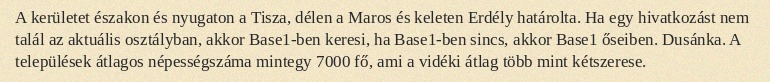
A kerületet északon és nyugaton a Tisza, délen a Maros és keleten Erdély határolta. Ha egy hivatkozást nem talál az aktuális osztályban, akkor Base1-ben keresi, ha Base1-ben sincs, akkor Base1 őseiben. Dusánka. A települések átlagos népességszáma mintegy 7000 fő, ami a vidéki átlag több mint kétszerese.